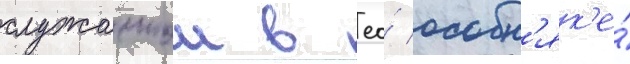
служанкои в ео́ особн'як'е́